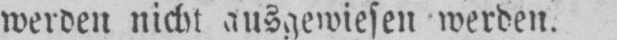
werden nicht ausgewiesen werden.